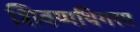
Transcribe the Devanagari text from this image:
शिवप्पथिगरम